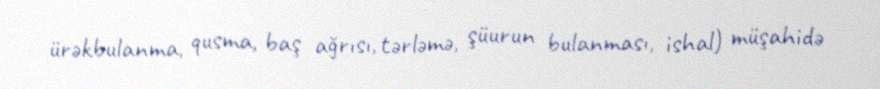
ürəkbulanma, qusma, baş ağrısı, tərləmə, şüurun bulanması, ishal) müşahidə